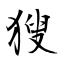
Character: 獀